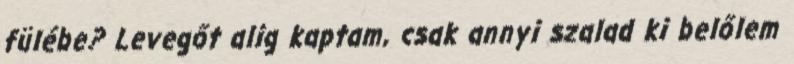
fülébe? Levegőt alig kaptam, csak annyi szalad ki belőlem